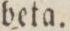
beta.